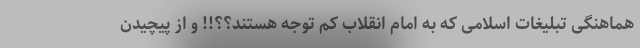
هماهنگی تبلیغات اسلامی که به امام انقلاب کم توجه هستند؟؟!! و از پیچیدن